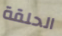
الحلقة